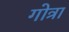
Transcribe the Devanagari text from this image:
गोत्रा